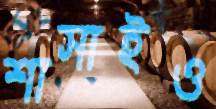
শাসাইও